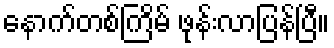
နောက်တစ်ကြိမ် ဖုန်းလာပြန်ပြီ။